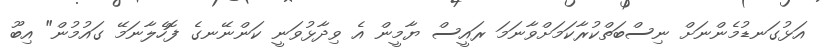
އަޅުގަނޑުމެންނަށް ނިސްބަތްކުރާކަމަށްވާނަމަ ރައީސް ޔާމީން އެ ވިދާޅުވަނީ ކަންނޭނގެ ފޮހެލާނަމޭ ގައުމުން" އިބޫ